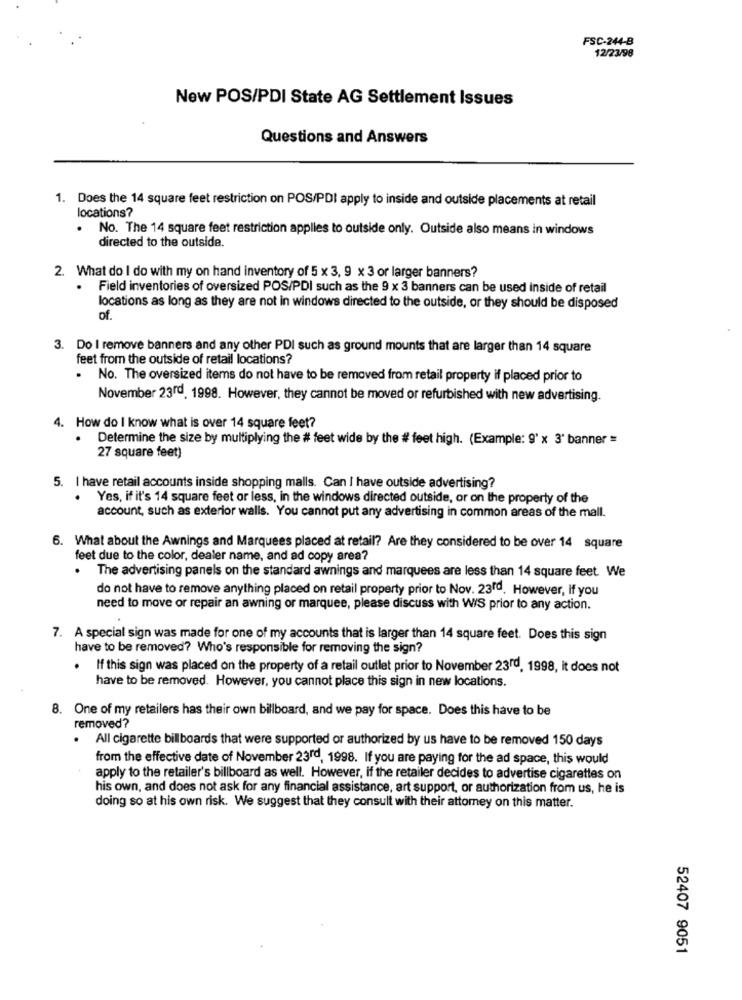
FSC-244-B
12/23/98
New POS/PDI State AG Settlement Issues
Questions and Answers
1. Does the 14 square feet restriction on POS/PDI apply to inside and outside placements at retail
locations?
. No. The 14 square feet restriction applies to outside only. Outside also means in windows
directed to the outside.
2. What do I do with my on hand inventory of 5 x 3, 9 x 3 or larger banners?
.
Field inventories of oversized POS/PDI such as the 9 x 3 banners can be used inside of retail
locations as long as they are not in windows directed to the outside, or they should be disposed
of.
3. Do I remove banners and any other PDI such as ground mounts that are larger than 14 square
feet from the outside of retail locations?
. No. The oversized items do not have to be removed from retail property if placed prior to
November 23rd, 1998. However, they cannot be moved or refurbished with new advertising.
4. How do I know what is over 14 square feet?
Determine the size by multiplying the # feet wide by the # feet high. (Example: 9' x 3' banner =
27 square feet)
5. I have retail accounts inside shopping malls. Can I have outside advertising?
Yes, if it's 14 square feet or less, in the windows directed outside, or on the property of the
account, such as exterior walls. You cannot put any advertising in common areas of the mall.
6. What about the Awnings and Marquees placed at retail? Are they considered to be over 14 square
feet due to the color, dealer name, and ad copy area?
. The advertising panels on the standard awnings and marquees are less than 14 square feet. We
do not have to remove anything placed on retail property prior to Nov. 23rd. However, if you
need to move or repair an awning or marquee, please discuss with WIS prior to any action.
7. A special sign was made for one of my accounts that is larger than 14 square feet. Does this sign
have to be removed? Who's responsible for removing the sign?
. If this sign was placed on the property of a retail outlet prior to November 23rd, 1998, it does not
have to be removed. However, you cannot place this sign in new locations.
8. One of my retailers has their own billboard, and we pay for space. Does this have to be
removed?
. All cigarette billboards that were supported or authorized by us have to be removed 150 days
from the effective date of November 23rd, 1998. If you are paying for the ad space, this would
apply to the retailer's billboard as well. However, if the retailer decides to advertise cigarettes on
his own, and does not ask for any financial assistance, art support, or authorization from us, he is
doing so at his own risk. We suggest that they consult with their attorney on this matter.
52407 9051